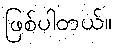
ဖြစ်ပါတယ်။